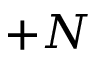
+ N